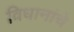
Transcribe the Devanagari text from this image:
विधानांचे